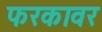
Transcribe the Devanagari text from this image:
फरकावर